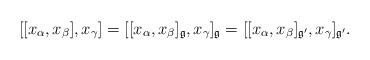
LaTeX: \begin{align*} [[x_\alpha,x_\beta],x_\gamma]=[[x_\alpha,x_\beta]_{\frak g},x_\gamma]_{\frak g} =[[x_\alpha,x_\beta]_{\frak g'},x_\gamma]_{\frak g'}. \end{align*}